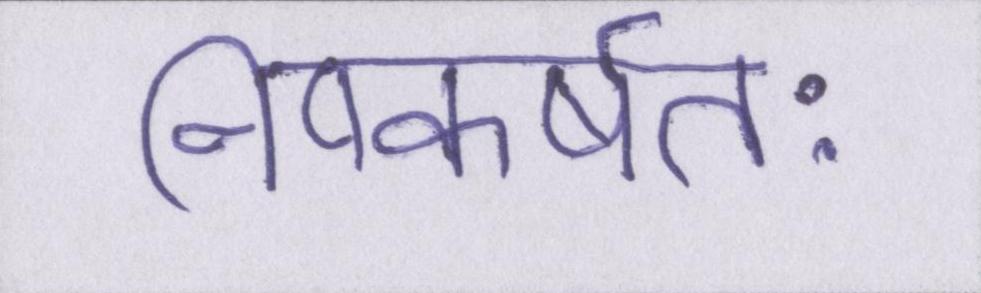
निष्कर्षतः